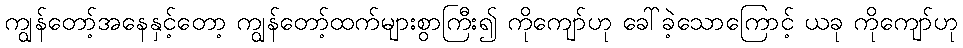
ကျွန်တော့်အနေနှင့်တော့ ကျွန်တော့်ထက်များစွာကြီး၍ ကိုကျော်ဟု ခေါ်ခဲ့သောကြောင့် ယခု ကိုကျော်ဟု